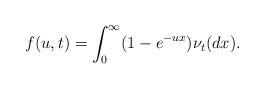
LaTeX: \begin{align*} f(u,t)=\int_{0}^{\infty }(1-e^{-ux})\nu _{t}(dx).\end{align*}